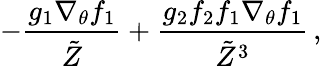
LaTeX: -\frac{g_{1}\nabla_{\theta}f_{1}}{\tilde{Z}}+\frac{g_{2}f_{2}f_{1}\nabla_{\theta}f_{1}}{\tilde{Z}^{3}}\, ,